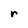
Character: r